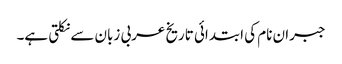
جبران نام کی ابتدائی تاریخ عربی زبان سے نکلتی ہے۔